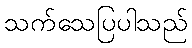
သက်သေပြပါသည်